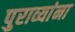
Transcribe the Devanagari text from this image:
पुराव्यांना